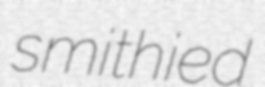
smithied